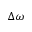
\Delta \omega